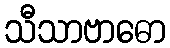
သီသာဗာဓော